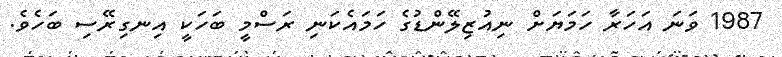
1987 ވަނަ އަހަރާ ހަމަޔަށް ނިއުޒިލޭންޑުގެ ހަމައެކަނި ރަސްމީ ބަހަކީ އިނގިރޭސި ބަހެވެ.